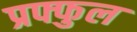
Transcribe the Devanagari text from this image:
प्रफ्फुल